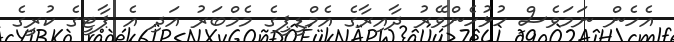
އެހެން ނަމަވެސް ހުޅުހެންވޭރު ދާއިރާގެ އެމްޑީޕީގެ މެމްބަރު އަދި އެ ޕާޓީގެ ކުރީގެ